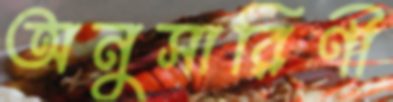
অনুসারিণী